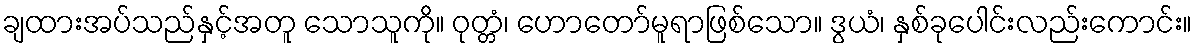
ချထားအပ်သည်နှင့်အတူ သောသူကို။ ဝုတ္တံ၊ ဟောတော်မူရာဖြစ်သော။ ဒွယံ၊ နှစ်ခုပေါင်းလည်းကောင်း။